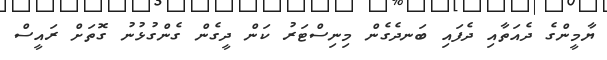
ޔާމީންގެ ދެއަތާއި ދެފައި ބަނދެގެން މިނިސްޓަރު ކަން ދީގެން ގެންގުޅުނު ގޮތަށް ރައީސް